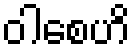
ဝါစေဟိ